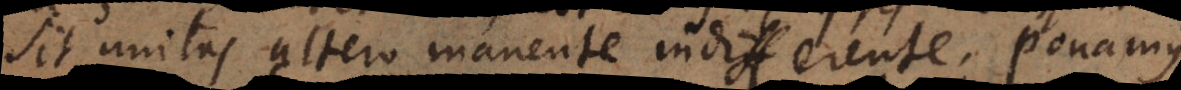
sit unitas altero manente indifferente. Ponamus